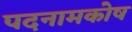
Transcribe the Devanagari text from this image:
पदनामकोष